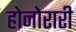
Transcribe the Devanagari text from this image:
होनोरारी